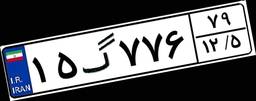
۱۵گ۷۷۶۷۹